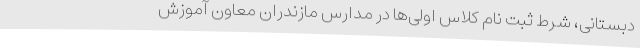
دبستانی، شرط ثبت‌ نام کلاس اولی‌ها در مدارس مازندران معاون آموزش